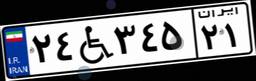
۲۴W۳۴۵۲۱